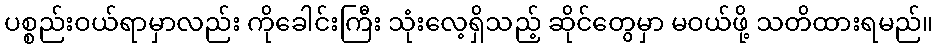
ပစ္စည်းဝယ်ရာမှာလည်း ကိုခေါင်းကြီး သုံးလေ့ရှိသည့် ဆိုင်တွေမှာ မဝယ်ဖို့ သတိထားရမည်။